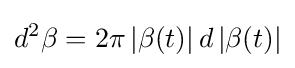
d^{2}\beta =2\pi \left\vert \beta (t)\right\vert d\left\vert \beta (t)\right\vert